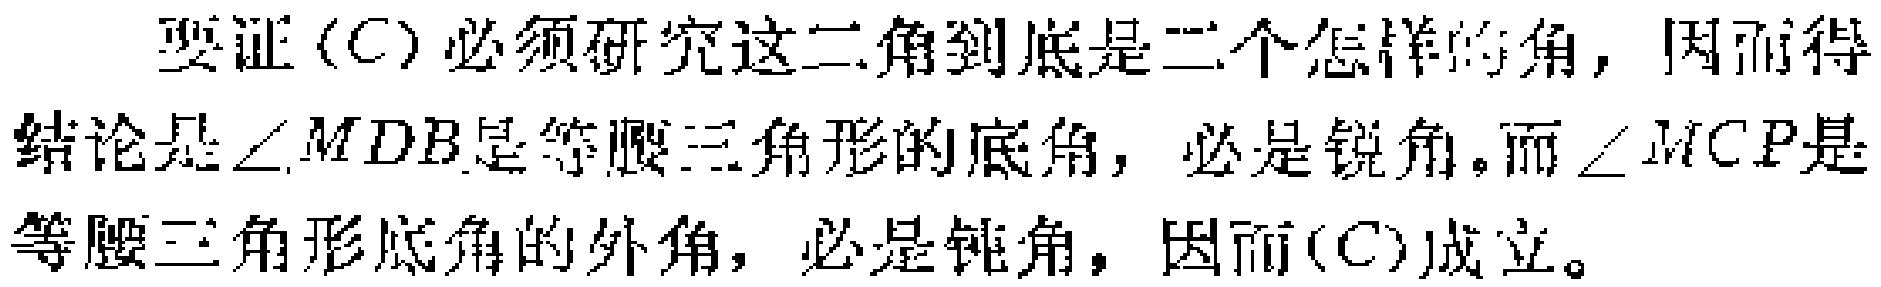
要证$(C)$必须研究这二角到底是二个怎样的角，因而得结论是$\angle MDB$是等腰三角形的底角，必是锐角。而$\angle MCP$是等腰三角形底角的外角，必是钝角，因而$(C)$成立。